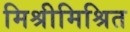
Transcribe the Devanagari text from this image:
मिश्रीमिश्रित